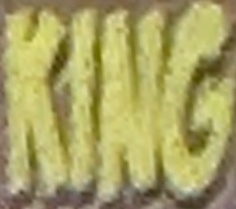
KING